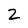
Character: 2